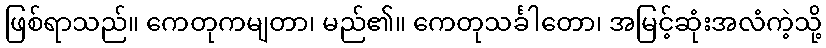
ဖြစ်ရာသည်။ ကေတုကမျတာ၊ မည်၏။ ကေတုသင်္ခါတော၊ အမြင့်ဆုံးအလံကဲ့သို့